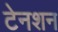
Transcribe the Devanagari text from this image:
टेनशन